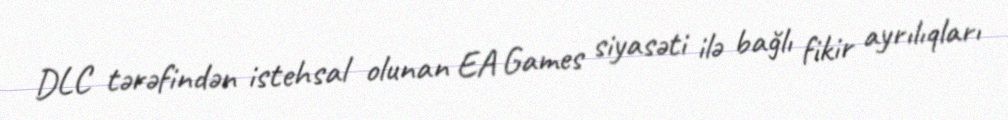
DLC tərəfindən istehsal olunan EA Games siyasəti ilə bağlı fikir ayrılıqları